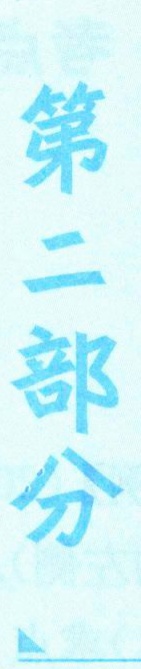
第二部分